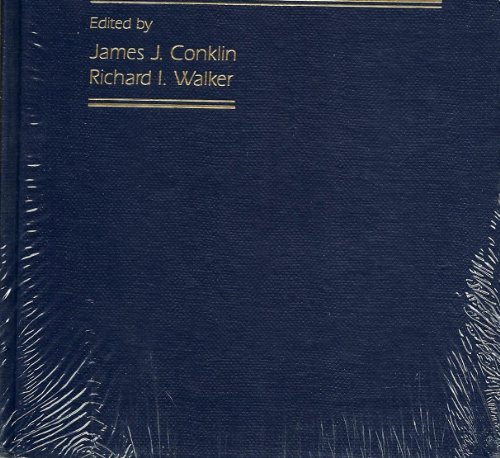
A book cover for Military Radiobiology; James J. Conklin; Science & Math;